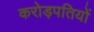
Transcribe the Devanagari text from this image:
करोड़पतियों